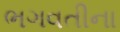
ભગવતીના